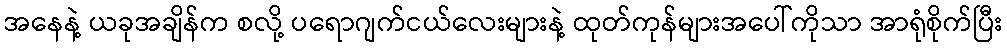
အနေနဲ့ ယခုအချိန်က စလို့ ပရောဂျက်ငယ်လေးများနဲ့ ထုတ်ကုန်များအပေါ်ကိုသာ အာရုံစိုက်ပြီး